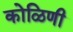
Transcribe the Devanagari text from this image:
कोळिणी